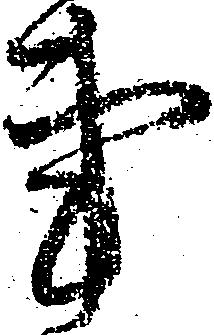
事